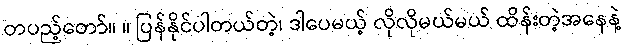
တပည့်တော်။ ။ ပြန်နိုင်ပါတယ်တဲ့၊ ဒါပေမယ့် လိုလိုမယ်မယ် ထိန်းတဲ့အနေနဲ့